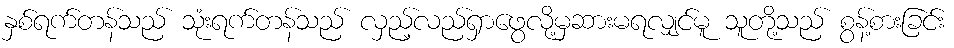
နှစ်ရက်တန်သည် သုံးရက်တန်သည် လှည့်လည်ရှာဖွေလို့မှဆားမရလျှင်မူ သူတို့သည် စွန့်စားခြင်း